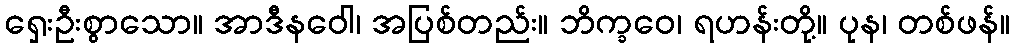
ရှေးဦးစွာသော။ အာဒီနဝေါ၊ အပြစ်တည်း။ ဘိက္ခဝေ၊ ရဟန်းတို့။ ပုန၊ တစ်ဖန်။